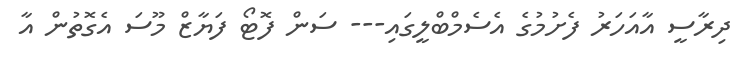
ދިރާސީ އާއަހަރު ފެށުމުގެ އެސެމްބްލީގައި--- ސަން ފޮޓޯ ފަޔާޒް މޫސަ އެގޮތުން އާ